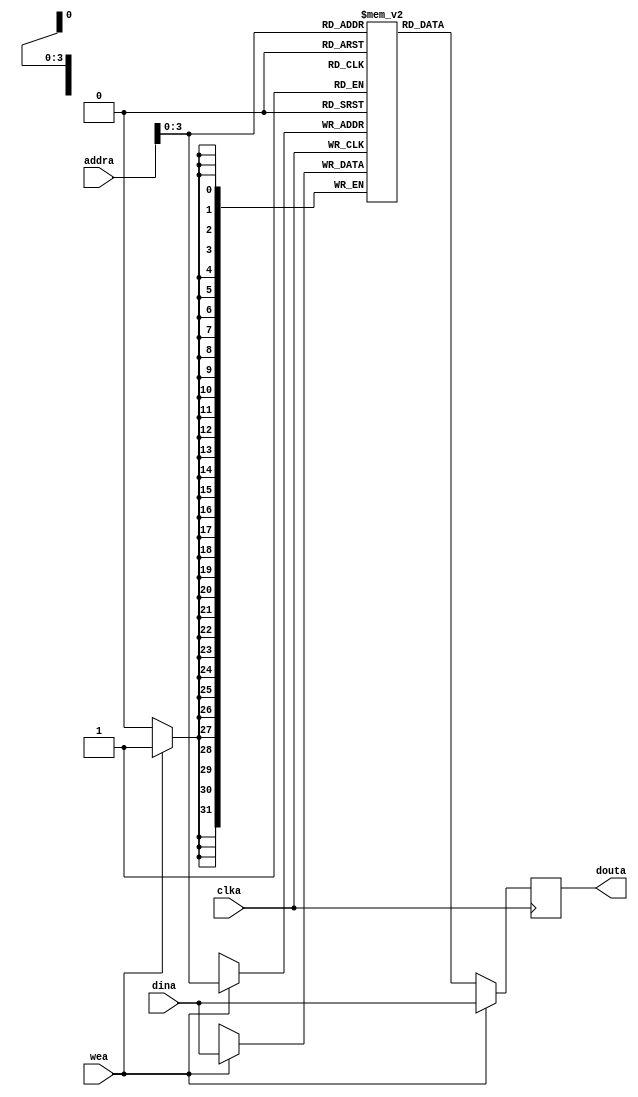
// Single-Port Block RAM Write-First Mode (recommended template)// File: rams_sp_wf.v
module rams_sp_wf #(
    parameter depth = 16,
    parameter data_width = 32,
    parameter addr_width = 32, // ceil(log(2, 16)), 32 is for default value
    parameter file_name = "rams_20c.data"
)(
    input wire clka,
    input wire wea,
    input wire [addr_width-1:0] addra,
    input wire [data_width-1:0] dina,
    output reg [data_width-1:0] douta
);

    reg [data_width-1:0] RAM [depth-1:0];

    always @(posedge clka) begin  
        if (wea) begin        
            RAM[addra] <= #2 dina;      
        end   
    end
    
    always @(posedge clka) begin  
        if (wea) begin              
            douta <= #1 dina;      
        end   
        else    
            douta <= #1 RAM[addra];  
    end

        
    task load_data(
        input [511:0] file_name
    );
        $readmemh(file_name, RAM);
    endtask

endmodule